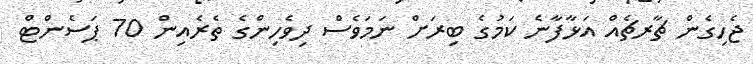
ޖެހިގެން ޗާރޗެއް އަޅާފާނެ ކަމުގެ ބިރަށް ނަމަވެސް ދިވެހިންގެ ތެރެއިން 70 ޕަސެންޓް